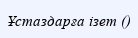
Ұстаздарға ізет ()